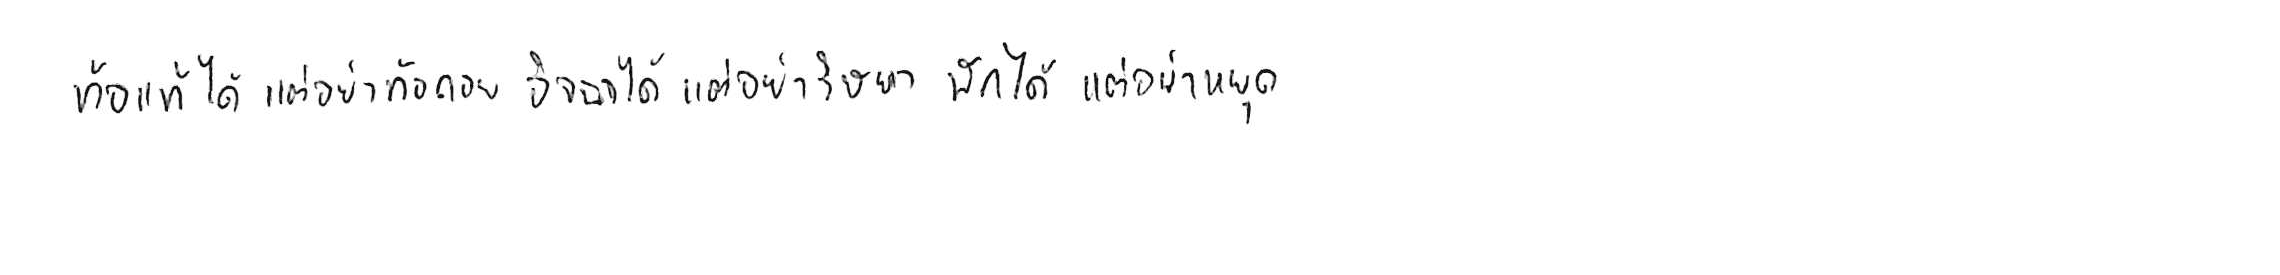
ท้อแท้ได้ แต่อย่าท้อถอย อิจฉาได้ แต่อย่าริษยา พักได้ แต่อย่าหยุด